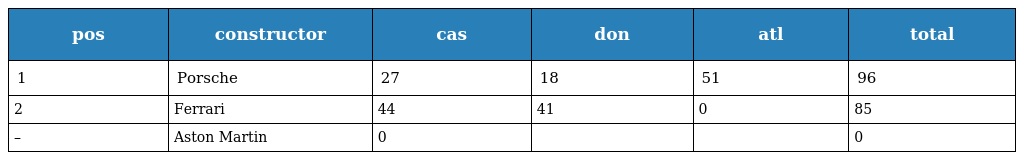
| pos | constructor | cas | don | atl | total |
 | --- | --- | --- | --- | --- | --- |
 | 1 | Porsche | 27 | 18 | 51 | 96 |
 | 2 | Ferrari | 44 | 41 | 0 | 85 |
 | – | Aston Martin | 0 |  |  | 0 |